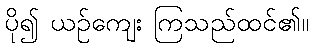
ပို၍ ယဉ်ကျေး ကြသည်ထင်၏။